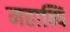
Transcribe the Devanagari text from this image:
महान्पि